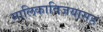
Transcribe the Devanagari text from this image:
मालिकाविजयासह